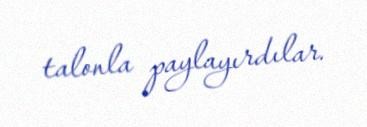
talonla paylayırdılar.